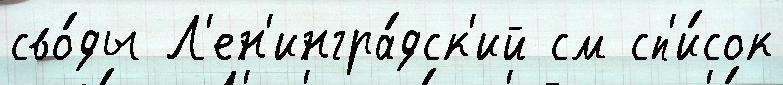
сво́ды Л'ен'ингра́дск'ий см сп'и́сок